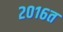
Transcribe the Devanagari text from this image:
२०१६त